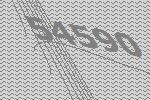
54590